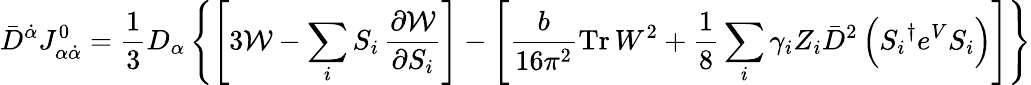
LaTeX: \bar{D}^{\dot{\alpha}}J_{\alpha\dot{\alpha}}^{0}=\frac{1}{3}D_{\alpha}\left\{ \left[3{\cal W}-\sum_{i}S_{i}\, \frac{\partial{\cal W}}{\partial S_{i}}\right]-\left[\frac{b}{16\pi^{2}}\mathrm{Tr}\, W^{2}+\frac{1}{8}\sum_{i}\gamma_{i}Z_{i}\bar{D}^{2}\left({S_{i}}^{\dagger}e^{V}S_{i}\right)\right]\right\}